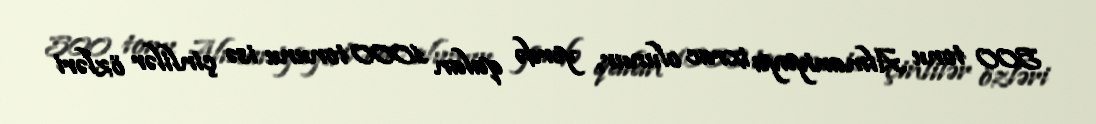
500 tonu Almaniyaya ixrac olunur, yerdə qalan 1000 tonunu isə çinlilər özləri